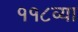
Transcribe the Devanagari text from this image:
११८व्या